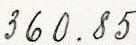
360.85